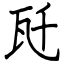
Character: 瓩